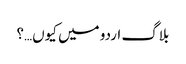
بلاگ اردو میں کیوں…؟